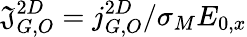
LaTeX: \mathfrak{J}_{G,O}^{2D}=j_{G,O}^{2D}/\sigma_{M}E_{0,x}